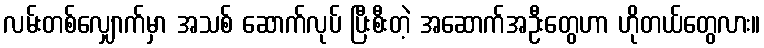
လမ်းတစ်လျှောက်မှာ အသစ် ဆောက်လုပ် ပြီးစီးတဲ့ အဆောက်အဦးတွေဟာ ဟိုတယ်တွေလား။